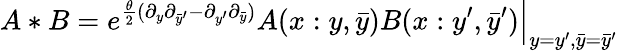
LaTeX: A*B=\left.e^{\frac{\theta}{2}(\partial_{y}\partial_{\bar{y}^{\prime}}-\partial_{y^{\prime}}\partial_{\bar{y}})}A(x:y,\bar{y})B(x:y^{\prime},\bar{y}^{\prime})\right|_{y=y^{\prime},\bar{y}=\bar{y}^{\prime}}